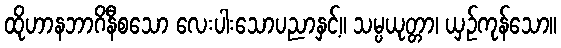
ထိုဟာနဘာဂိနီစသော လေးပါးသောပညာနှင့်။ သမ္ပယုတ္တာ၊ ယှဉ်ကုန်သော။